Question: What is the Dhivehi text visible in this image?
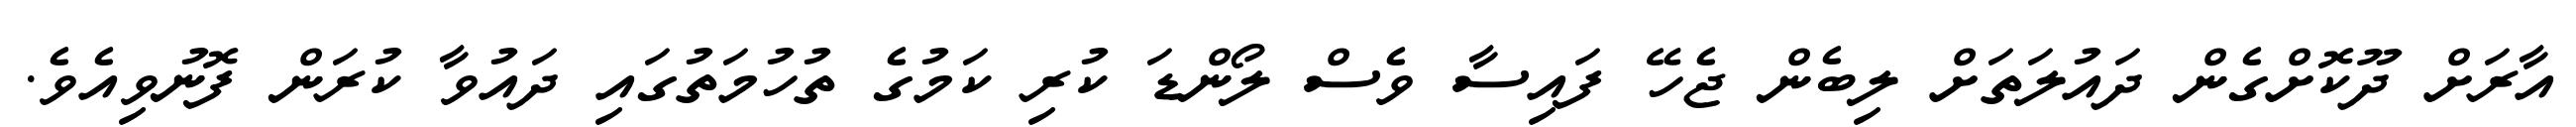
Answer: އާރަށް ދޫކޮށްގެން ދައުލަތަށް ލިބެން ޖެހޭ ފައިސާ ވެސް ލޯންޑަ ކުރި ކަމުގެ ތުހުމަތުގައި ދައުވާ ކުރަން ފޮނުވިއެވެ.